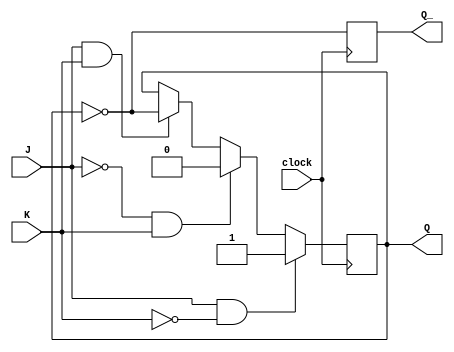
module negedge_jk_ff (
    input J,       // input J
    input K,       // input K
    input clock,   // clock input
    output reg Q,  // output Q
    output reg Q_  // output Q'
);

always @(negedge clock) begin
    if (J && ~K) begin
        Q <= 1;     // set Q high
    end else if (~J && K) begin
        Q <= 0;     // set Q low
    end else if (J && K) begin
        Q <= ~Q;    // toggle Q
    end
    Q_ <= ~Q;       // Q' is complement of Q
end

endmodule